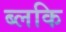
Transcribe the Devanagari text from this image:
ब्लकि